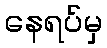
နေရပ်မှ